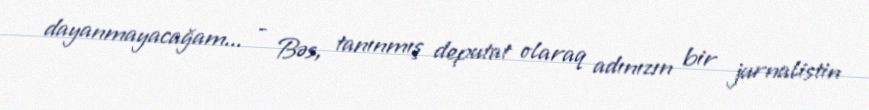
dayanmayacağam... - Bəs, tanınmış deputat olaraq adınızın bir jurnalistin